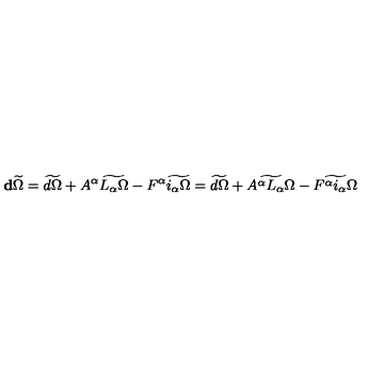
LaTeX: \mathbf { d } \widetilde \Omega = \widetilde { d \Omega } + A ^ { \alpha } \widetilde { L _ { \alpha } \Omega } - F ^ { \alpha } \widetilde { i _ { \alpha } \Omega } = \widetilde { d \Omega } + \widetilde { A ^ { \alpha } L _ { \alpha } \Omega } - \widetilde { F ^ { \alpha } i _ { \alpha } \Omega }